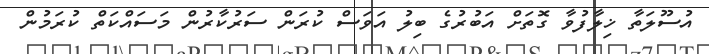
އުސޫލަތާ ޚިލާފުވާ ގޮތަށް އަބުރުގެ ބިލު އަވަސް ކުރަން ސަރުކާރުން މަސައްކަތް ކުރަމުން